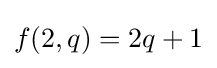
f(2,q)=2q+1